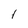
Character: 1